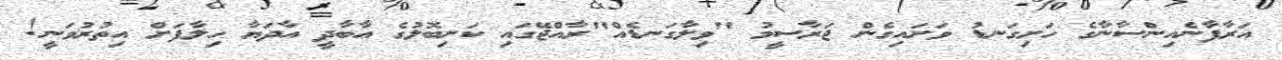
އަރާފާނެއިންސާނާގެ ހަށިގަނޑު ވަށައިގެން ޖަރާސީމު "ވިލާގަނޑެއް"ރާއްޖޭގައި ކަށިބޮލުގެ އާބާދީ އާދަޔާ ހިލާފަށް އިިތުރުވަނީ!